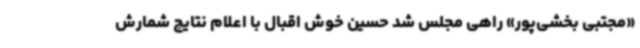
«مجتبی بخشی‌پور» راهی مجلس شد حسین خوش اقبال با اعلام نتایج شمارش